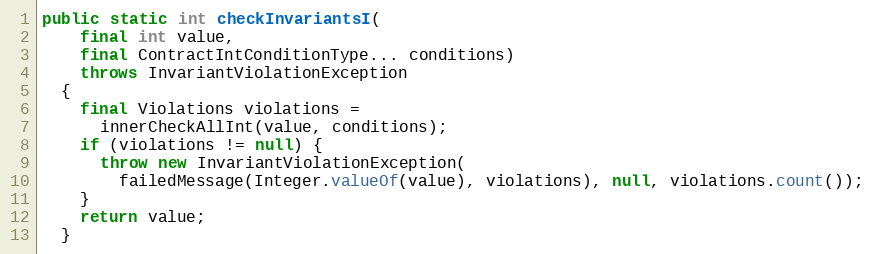
Language: Java
public static int checkInvariantsI(
    final int value,
    final ContractIntConditionType... conditions)
    throws InvariantViolationException
  {
    final Violations violations =
      innerCheckAllInt(value, conditions);
    if (violations != null) {
      throw new InvariantViolationException(
        failedMessage(Integer.valueOf(value), violations), null, violations.count());
    }
    return value;
  }